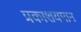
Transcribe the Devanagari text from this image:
प्रकाशयमान